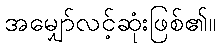
အမျှော်လင့်ဆုံးဖြစ်၏။